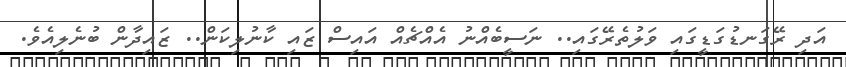
އަދި ރޭގަނޑުގަޑީގައި ވަލުތެރޭގައި.. ނަސީބެއްނު އެއްޗެއް އައިސް ޒައި ކާނުލިކަން.. ޒައިދާން ބުނެލިއެވެ.